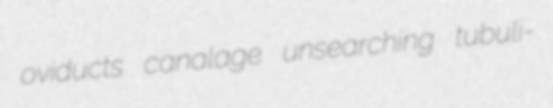
oviducts canalage unsearching tubuli-